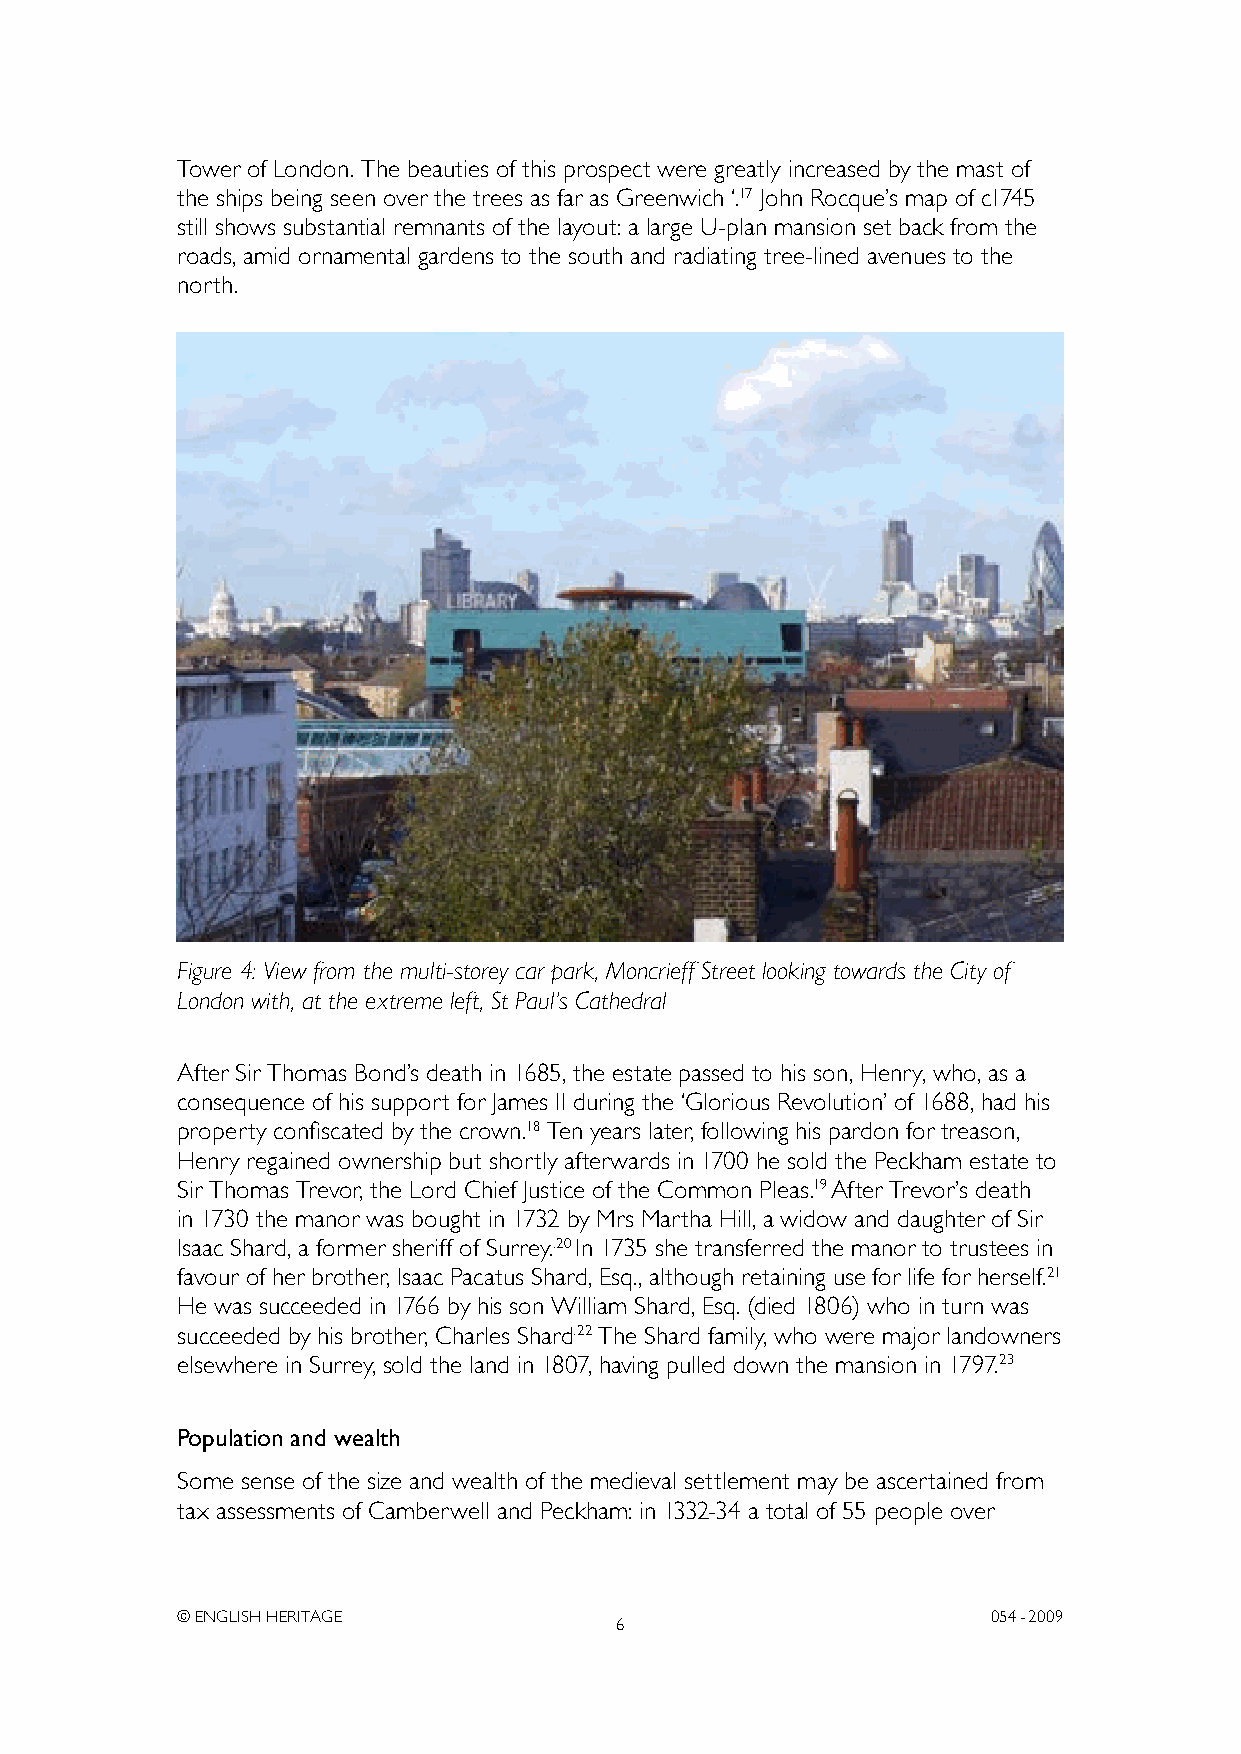
Tower of London. The beauties of this prospect were greatly increased by the mast of
 the ships being seen over the trees as far as Greenwich ‘.17 John Rocque’s map of c1745
 still shows substantial remnants of the layout: a large U-plan mansion set back from the
 roads, amid ornamental gardens to the south and radiating tree-lined avenues to the
 north.
 Figure 4: View from the multi-storey car park, Moncrieff Street looking towards the City of
 London with, at the extreme left, St Paul’s Cathedral
 After Sir Thomas Bond’s death in 1685, the estate passed to his son, Henry, who, as a
 consequence of his support for James II during the ‘Glorious Revolution’ of 1688, had his
 property confiscated by the crown.18 Ten years later, following his pardon for treason,
 Henry regained ownership but shortly afterwards in 1700 he sold the Peckham estate to
 Sir Thomas Trevor, the Lord Chief Justice of the Common Pleas.19 After Trevor’s death
 in 1730 the manor was bought in 1732 by Mrs Martha Hill, a widow and daughter of Sir
 Isaac Shard, a former sheriff of Surrey..20 In 1735 she transferred the manor to trustees in
 favour of her brother, Isaac Pacatus Shard, Esq., although retaining use for life for herself.21
 He was succeeded in 1766 by his son William Shard, Esq. (died 1806) who in turn was
 succeeded by his brother, Charles Shard.22 The Shard family, who were major landowners
 elsewhere in Surrey, sold the land in 1807, having pulled down the mansion in 1797.23
 Population and wealth
 Some sense of the size and wealth of the medieval settlement may be ascertained from
 tax assessments of Camberwell and Peckham: in 1332-34 a total of 55 people over
 © ENGLISH HERITAGE                                    054- 2009
 6